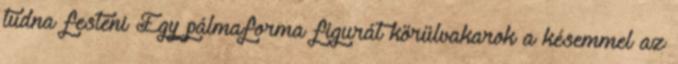
tudna festeni Egy pálmaforma figurát körülvakarok a késemmel az